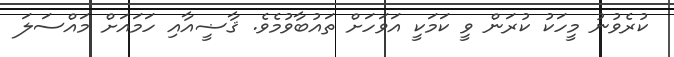
ކުރެވުނު މީހަކު ކުރަން ވީ ކަމަކީ އަވަހަށް ތައުބާވުމެވެ. ޤާޟީއާއި ހަމައަށް މައްސަލަ